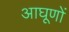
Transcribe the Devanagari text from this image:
आघूणों